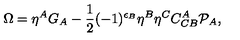
\Omega = \eta ^ { A } G _ { A } - \frac { 1 } { 2 } ( - 1 ) ^ { \epsilon _ { B } } \eta ^ { B } \eta ^ { C } C _ { C B } ^ { A } { \cal P } _ { A } ,